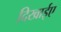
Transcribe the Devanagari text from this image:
दिखाईए